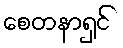
စေတနာရှင်